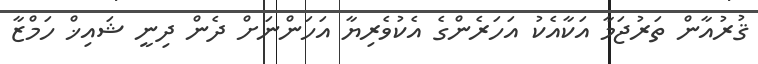
ޤުރުއާން ތަރުޖަމާ އަކާއެކު އަހަރެންގެ އެކުވެރިޔާ އަހަންނަށް ދެން ދިނީ ޝައިޚް ހަމްޒާ